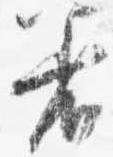
着